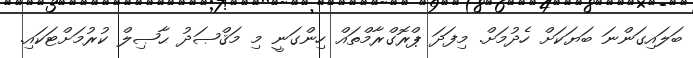
ބަލައިގަންނަ ބަޔަކަށް ހެދުމަށް. މިފަދަ ޕްރޮގްރާމްތައް ހިންގަނީ މި މަޤްޞަދު ޙާޞިލް ކުރުމަށްޓަކައި.